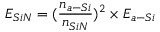
E _ { S i N } = ( \frac { n _ { a - S i } } { { n _ { S i N } } } ) ^ { 2 } \times E _ { a - S i }